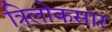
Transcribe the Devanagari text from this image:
त्रिलोकसार